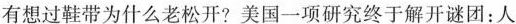
有想过鞋带为什么老松开?美国一项研究终于解开谜团：人